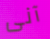
آنى